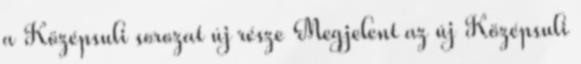
a Középsuli sorozat új része Megjelent az új Középsuli